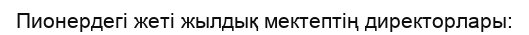
Пионердегі жеті жылдық мектептің директорлары: